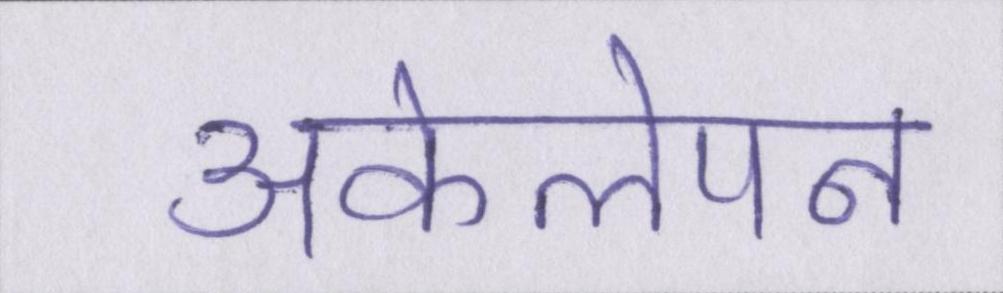
अकेलेपन